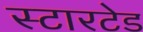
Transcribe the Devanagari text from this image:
स्टारटेड